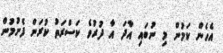
އެހެން ކަމުން މި ނުބައި އާދަ އާ ދުރުވެ ކަސްރަތު ކުރަން ފެށުމުން